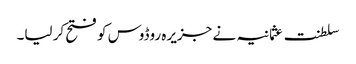
سلطنت عثمانیہ نے جزیرہ روڈوس کو فتح کر لیا۔